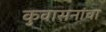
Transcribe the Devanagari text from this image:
कुवासनांचा